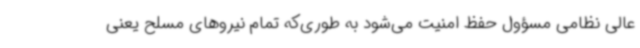
عالی نظامی مسؤول حفظ امنیت می‌شود به طوری‌که تمام نیروهای مسلح یعنی